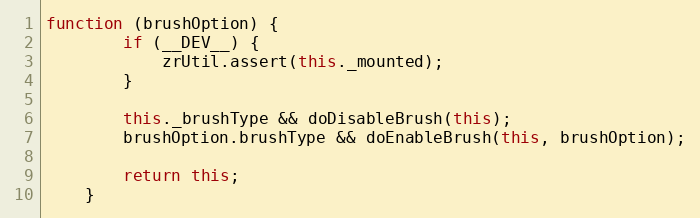
Language: JavaScript
function (brushOption) {
        if (__DEV__) {
            zrUtil.assert(this._mounted);
        }

        this._brushType && doDisableBrush(this);
        brushOption.brushType && doEnableBrush(this, brushOption);

        return this;
    }